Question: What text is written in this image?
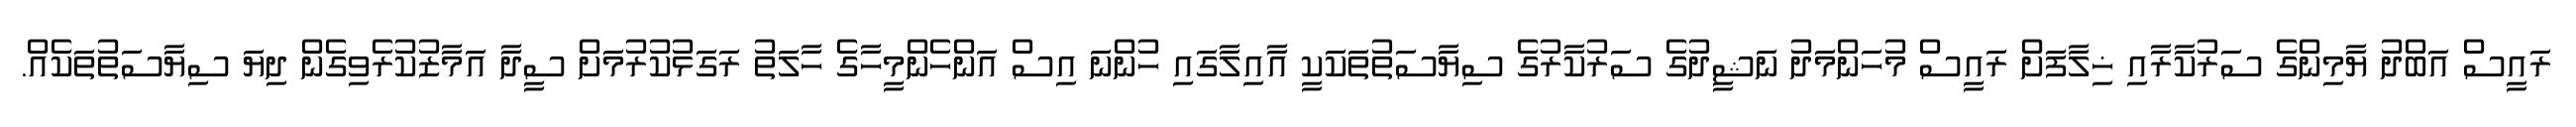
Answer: ރައީސް އަބްދު ޔާމިންގެ ސަރުކާރާއި ޚިލާފަށް ރައީސް މުހަންމަދު ނަޝީދުގެ ސަރުކާރުގެ ސިޔާސަތުތަކަކީ އާއިލާގައި ހުންނަ އިސް އަންހެންމީހާގެ ހާލަތު ރަގަޅުކުރުމަށް ސީދާ އަމާޒުކުރެވިގެން ދިޔަ ސިޔާސަތުތަކެއް.